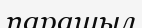
парашыл